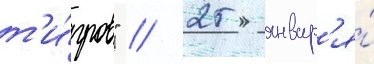
т'и́гров" // 25 январ'я́